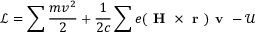
\mathcal { L } = \sum \frac { m v ^ { 2 } } { 2 } + \frac { 1 } { 2 c } \sum e ( \textbf { H } \times \textbf { r } ) \textbf { v } - \mathcal { U }